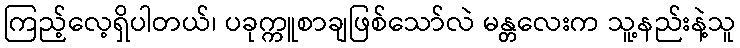
ကြည့်လေ့ရှိပါတယ်၊ ပခုက္ကူစာချဖြစ်သော်လဲ မန္တလေးက သူ့နည်းနဲ့သူ